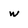
Character: w